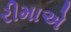
રીમાએ